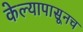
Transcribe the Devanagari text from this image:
केल्यापासूनच